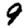
Digit: 9